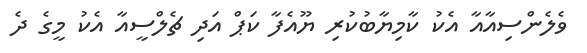
ވެލެންސިއާއާ އެކު ކާމިޔާބުކުރި ޔޫއެފާ ކަޕް އަދި ޗެލްސީއާ އެކު މީގެ ދެ